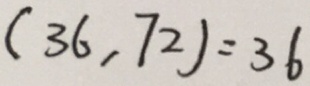
( 3 6 , 7 2 ) = 3 6